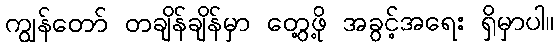
ကျွန်တော် တချိန်ချိန်မှာ တွေ့ဖို့ အခွင့်အရေး ရှိမှာပါ။